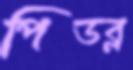
পিডব্ল